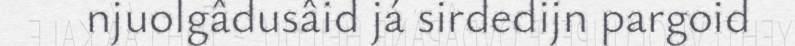
njuolgâdusâid já sirdedijn pargoid